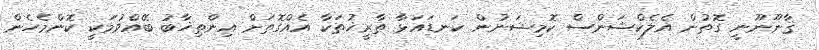
ޤާނޫނޫނީ ގޮތުން އެލެކްޝަންސް ކޮމިޝަނުން ކަނޑައަޅާ ތާރީޚުތަކާ އެއްގޮތަށް އިންތިޚާބު ބޭއްވުމަކީ ކޮންމެހެން